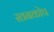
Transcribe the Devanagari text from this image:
स्तनकोप